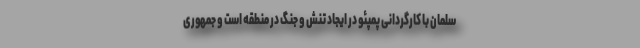
سلمان با کارگردانی پمپئو در ایجاد تنش و جنگ در منطقه است و جمهوری